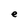
Character: e